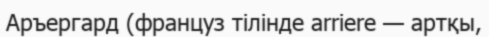
Аръергард (француз тілінде аrrіеrе — артқы,